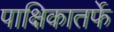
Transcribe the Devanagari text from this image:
पाक्षिकातर्फे